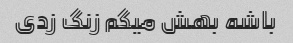
باشه بهش میگم زنگ زدی